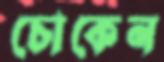
চোকেন